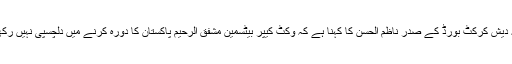
بنگلہ دیش کرکٹ بورڈ کے صدر ناظم الحسن کا کہنا ہے کہ وکٹ کیپر بیٹسمین مشفق الرحیم پاکستان کا دورہ کرنے میں دلچسپی نہیں رکھتے۔